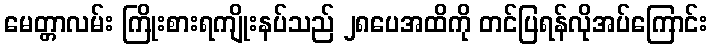
မေတ္တာလမ်း ကြိုးစားရကျိုးနပ်သည် ၂၈ပေအထိကို တင်ပြရန်လိုအပ်ကြောင်း